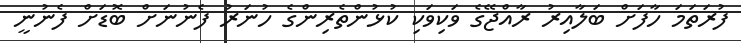
ފުރަތަމަ ހާފަށް ބަލާއިރު ރާއްޖޭގެ ވަކިވަކި ކުޅުންތެރިންގެ ހުނަރު ފެނުނަށް ބޮޑަށް ފެނުނީ